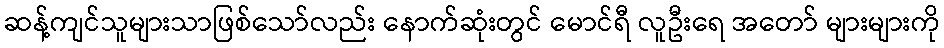
ဆန့်ကျင်သူများသာဖြစ်သော်လည်း နောက်ဆုံးတွင် မောင်ရီ လူဦးရေ အတော် များများကို